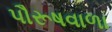
પૌરૂષવાળા